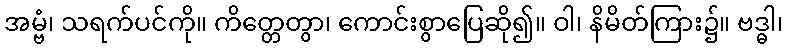
အမ္ဗံ၊ သရက်ပင်ကို။ ကိတ္တေတွာ၊ ကောင်းစွာပြေဆို၍။ ဝါ၊ နိမိတ်ကြား၌။ ဗဒ္ဓါ၊